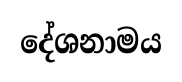
දේශනාමය